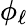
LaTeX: \phi_{\ell}